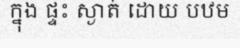
ក្នុង ផ្ទះ ស្ងាត់ ដោយ បឋម